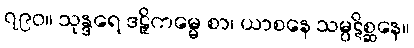
၇၉၀။ သုန္ဒရေ ဒဠှိကမ္မေ စာ၊ ယာစနေ သမ္ပဋိစ္ဆနေ။